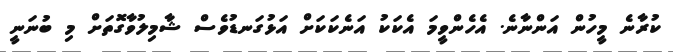
ކުރާނެ މީހުން އަންނާނެ. އެހެންވީމަ އެކަކު އަނެކަކަށް އަޅުގަނޑުވެސް ޝާމިލުވާގޮތަށް މި ބުނަނީ